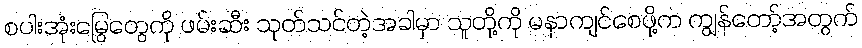
စပါးအုံးမြွေတွေကို ဖမ်းဆီး သုတ်သင်တဲ့အခါမှာ သူတို့ကို မနာကျင်စေဖို့က ကျွန်တော့်အတွက်